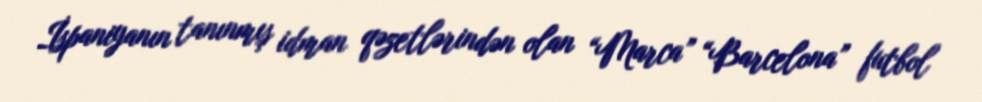
İspaniyanın tanınmış idman qəzetlərindən olan “Marca” “Barcelona” futbol